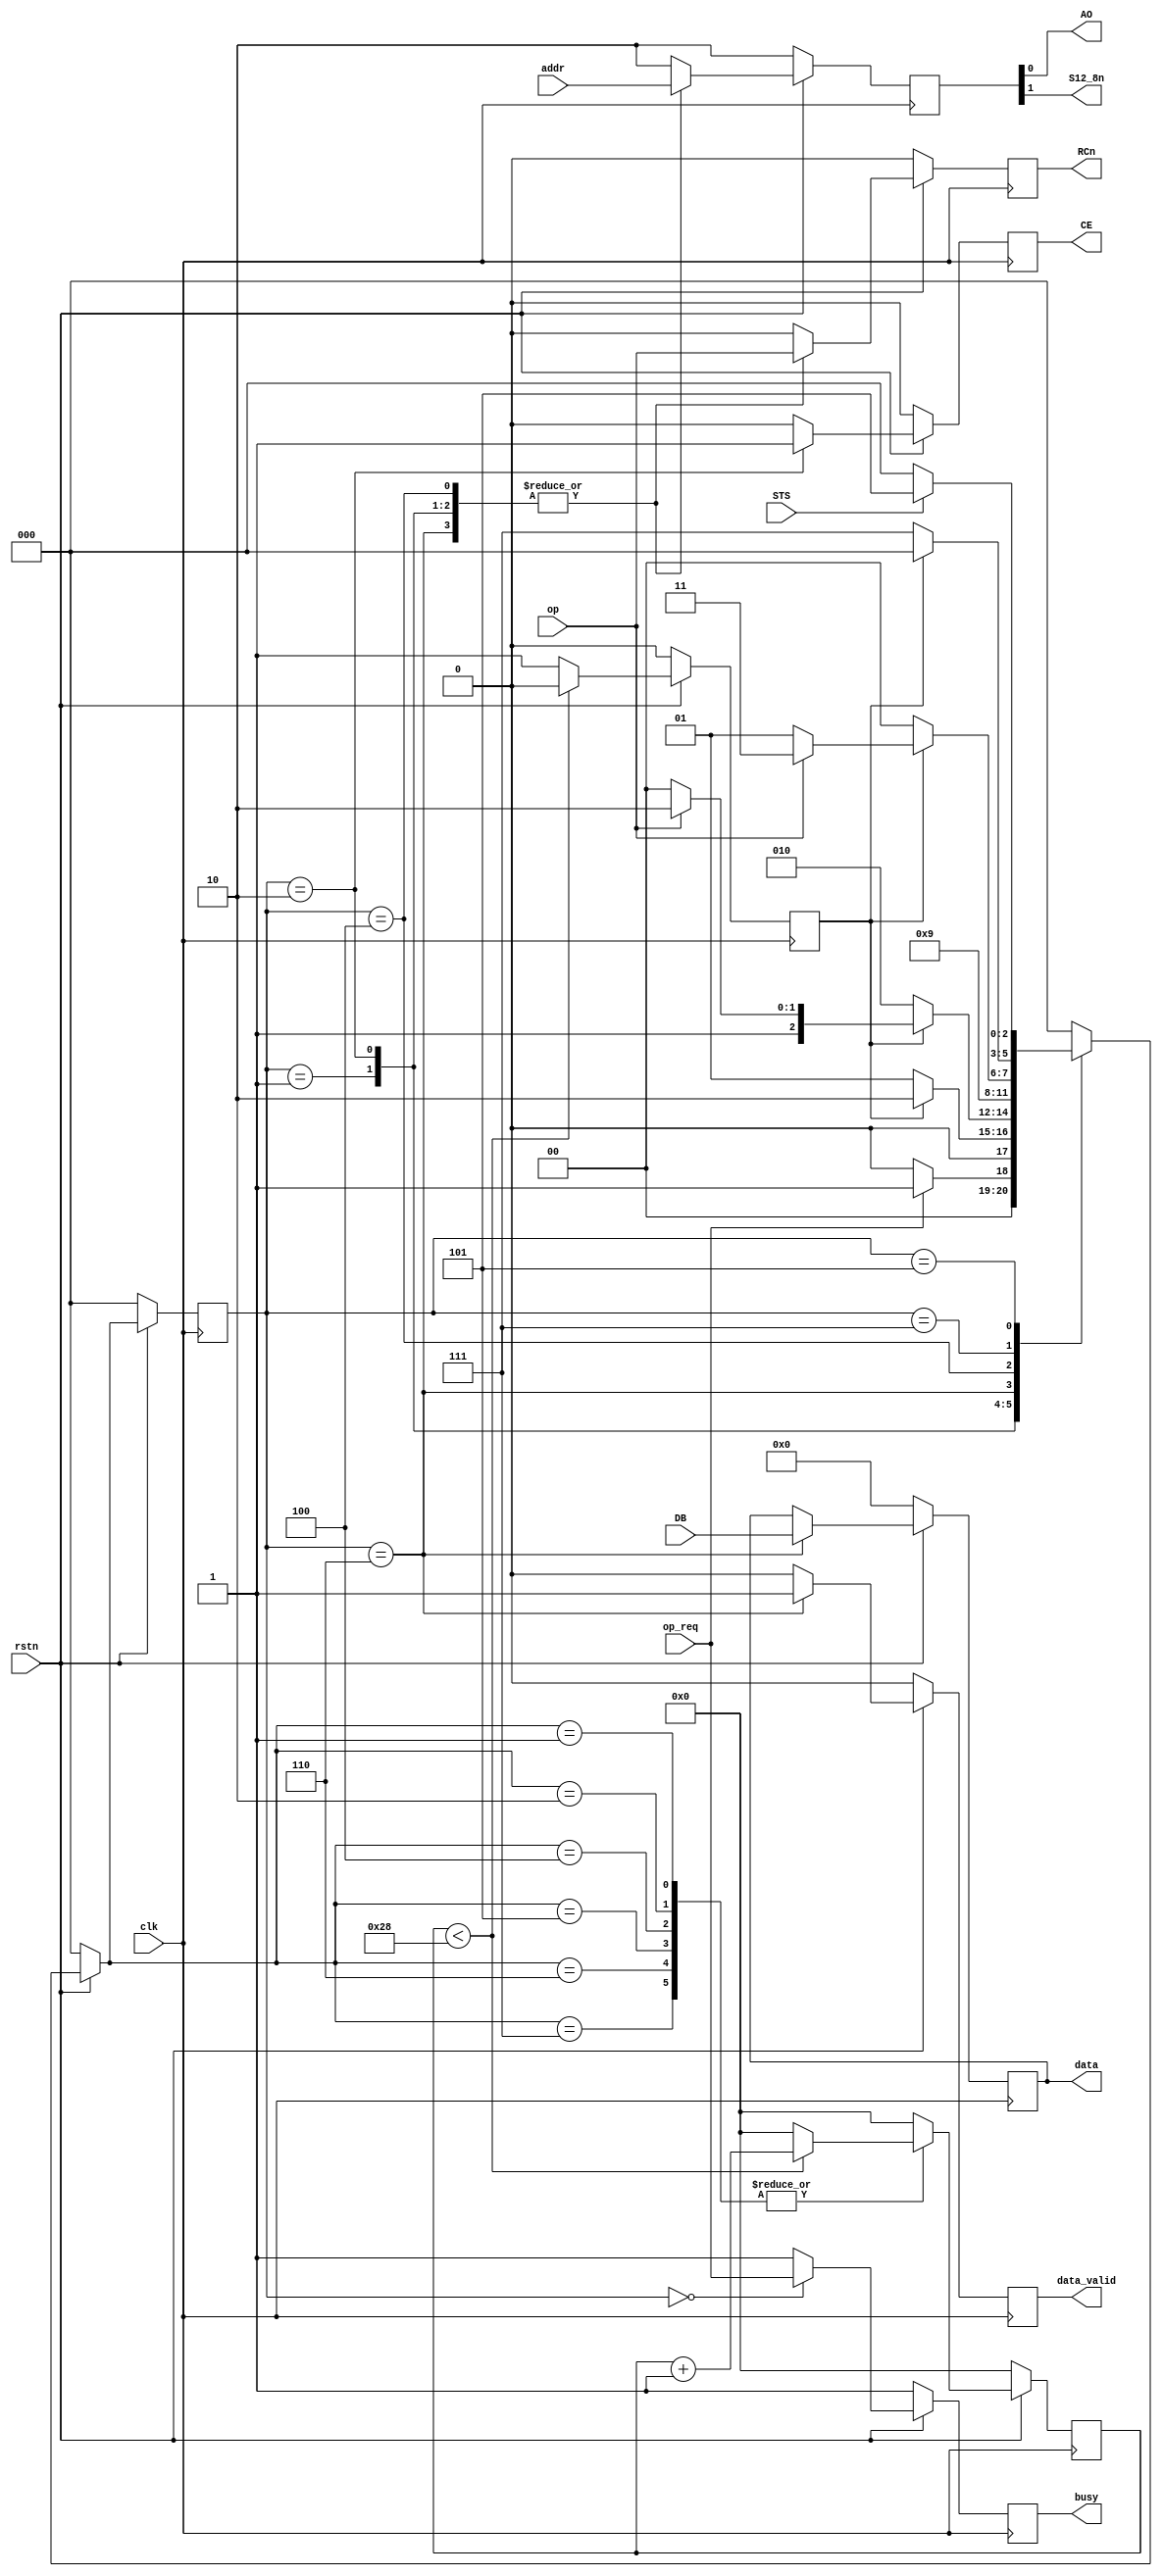
// verilog_format: off
`resetall
`timescale 1ns / 1ps
`default_nettype none
// verilog_format: on

module ad574_timing #(
    parameter integer IN_CLK_FREQ = 100_000_000
) (
    input  wire        clk,         //
    input  wire        rstn,        //
    //
    input  wire        op_req,      //
    input  wire        op,          //
    input  wire [ 1:0] addr,        //
    output reg         busy,        //
    output reg  [11:0] data,
    output reg         data_valid,
    // to ad574
    output wire        AO,          //
    output wire        S12_8n,      //
    output reg         CE,          //
    output reg         RCn,         //
    input  wire        STS,         //
    input  wire [11:0] DB           //
);

    // r_cn = 0b, init convert
    // AO = 0 Initiate 12-Bit Conversion
    // AO = 1 Initiate 12-Bit Conversion

    // r_cn = 1b, read
    // {S12_8n,AO} = 00b DB[11:4]
    // {S12_8n,AO} = 01b DB[3:0] ,4'b0
    // {S12_8n,AO} = 1Xb DB[11:0]

    localparam FSM_IDLE = 3'h0;
    localparam FSM_PRE_ASSERT_OP = 3'h1;  // hold for 300ns before ASSERT_CE
    localparam FSM_ASSERT_CE = 3'h2;  // hold for 300ns before DEASSERT_CE
    localparam FSM_POST_ASSERT_OP = 3'h4;  // hold for 300ns
    localparam FSM_WAIT_STS = 3'h5;
    localparam FSM_SAMPLE = 3'h6;
    localparam FSM_PAD = 3'h7;  // hold for 300ns

    localparam integer DIVIDE_FACT = 400 / (1000_000_000 / IN_CLK_FREQ);

    reg [ 2:0] c_state;
    reg [ 2:0] n_state;

    reg [31:0] cnt1;
    reg        cnt_done;
    reg [ 1:0] reg_select;

    assign {S12_8n, AO} = reg_select;

    always @(posedge clk) begin
        if (!rstn) begin
            cnt1 <= 0;
        end else begin
            case (n_state)
                FSM_PRE_ASSERT_OP, FSM_ASSERT_CE, FSM_POST_ASSERT_OP, FSM_WAIT_STS, FSM_SAMPLE, FSM_PAD: begin
                    if (cnt1 < DIVIDE_FACT) begin
                        cnt1 <= cnt1 + 1;
                    end else begin
                        cnt1 <= 0;
                    end
                end
                default: begin
                    cnt1 <= 0;
                end
            endcase
        end
    end

    always @(posedge clk) begin
        if (!rstn) begin
            cnt_done <= 1'b0;
        end else begin
            if (cnt1 < DIVIDE_FACT) begin
                cnt_done <= 1'b0;
            end else begin
                cnt_done <= 1'b1;
            end
        end
    end

    always @(posedge clk) begin
        if (!rstn) begin
            c_state <= 0;
        end else begin
            c_state <= n_state;
        end
    end

    always @(*) begin
        if (!rstn) begin
            n_state = FSM_IDLE;
        end else begin
            case (c_state)
                FSM_IDLE: begin
                    if (op_req) begin
                        n_state = FSM_PRE_ASSERT_OP;
                    end else begin
                        n_state = FSM_IDLE;
                    end
                end
                FSM_PRE_ASSERT_OP: begin
                    if (cnt_done) begin
                        n_state = FSM_ASSERT_CE;
                    end else begin
                        n_state = FSM_PRE_ASSERT_OP;
                    end
                end
                FSM_ASSERT_CE: begin
                    if (cnt_done) begin
                        if (op) begin
                            n_state = FSM_SAMPLE;
                        end else begin
                            n_state = FSM_POST_ASSERT_OP;
                        end
                    end else begin
                        n_state = FSM_ASSERT_CE;
                    end
                end
                FSM_SAMPLE: begin
                    n_state = FSM_POST_ASSERT_OP;
                end
                FSM_POST_ASSERT_OP: begin
                    if (cnt_done) begin
                        if (!op) begin
                            n_state = FSM_WAIT_STS;
                        end else begin
                            n_state = FSM_PAD;
                        end
                    end else begin
                        n_state = FSM_POST_ASSERT_OP;
                    end
                end
                FSM_PAD: begin
                    if (cnt_done) begin
                        n_state = FSM_IDLE;
                    end else begin
                        n_state = FSM_PAD;
                    end
                end
                FSM_WAIT_STS: begin
                    if (!STS) begin
                        n_state = FSM_IDLE;
                    end else begin
                        n_state = FSM_WAIT_STS;
                    end
                end
                default: n_state = FSM_IDLE;
            endcase
        end
    end

    always @(posedge clk) begin
        if (!rstn) begin
            reg_select <= 2'b10;
            RCn        <= 1'b0;
        end else begin
            case (c_state)
                FSM_PRE_ASSERT_OP, FSM_ASSERT_CE, FSM_SAMPLE, FSM_POST_ASSERT_OP: begin
                    reg_select <= addr;
                    RCn        <= op;
                end
                default: begin
                    reg_select <= 2'b10;
                    RCn        <= 1'b0;
                end
            endcase
        end
    end

    always @(posedge clk) begin
        if (!rstn) begin
            CE <= 1'b0;
        end else begin
            case (c_state)
                FSM_IDLE: begin
                    CE <= 1'b0;
                end
                FSM_ASSERT_CE: begin
                    CE <= 1'b1;
                end
                default: CE <= 1'b0;
            endcase
        end
    end

    always @(posedge clk) begin
        if (!rstn) begin
            data <= 0;
        end else begin
            case (c_state)
                FSM_SAMPLE: begin
                    data <= DB;
                end
                default: data <= data;
            endcase
        end
    end

    always @(posedge clk) begin
        if (!rstn) begin
            data_valid <= 1'b0;
        end else begin
            case (c_state)
                FSM_SAMPLE: begin
                    data_valid <= 1'b1;
                end
                default: data_valid <= 1'b0;
            endcase
        end
    end

    always @(posedge clk) begin
        if (!rstn) begin
            busy <= 1'b1;
        end else begin
            case (c_state)
                FSM_IDLE: begin
                    busy <= op_req;
                end
                default: busy <= 1'b1;
            endcase
        end
    end
endmodule

// verilog_format: off
`resetall
// verilog_format: on